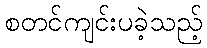
စတင်ကျင်းပခဲ့သည့်